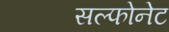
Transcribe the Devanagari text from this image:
सल्फोनेट